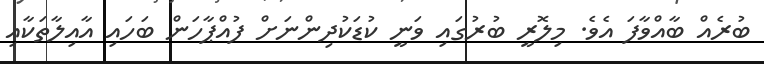
ބުރެއް ބާއްވާފަ އެވެ. މިލޮރީ ބުރުގައި ވަނީ ކުޑަކުދިންނަށް ފުއްޕާހަން ބަހައި އާއިލާތަކާއި